V__Kingissepa_nim__kolhoos, lk 2
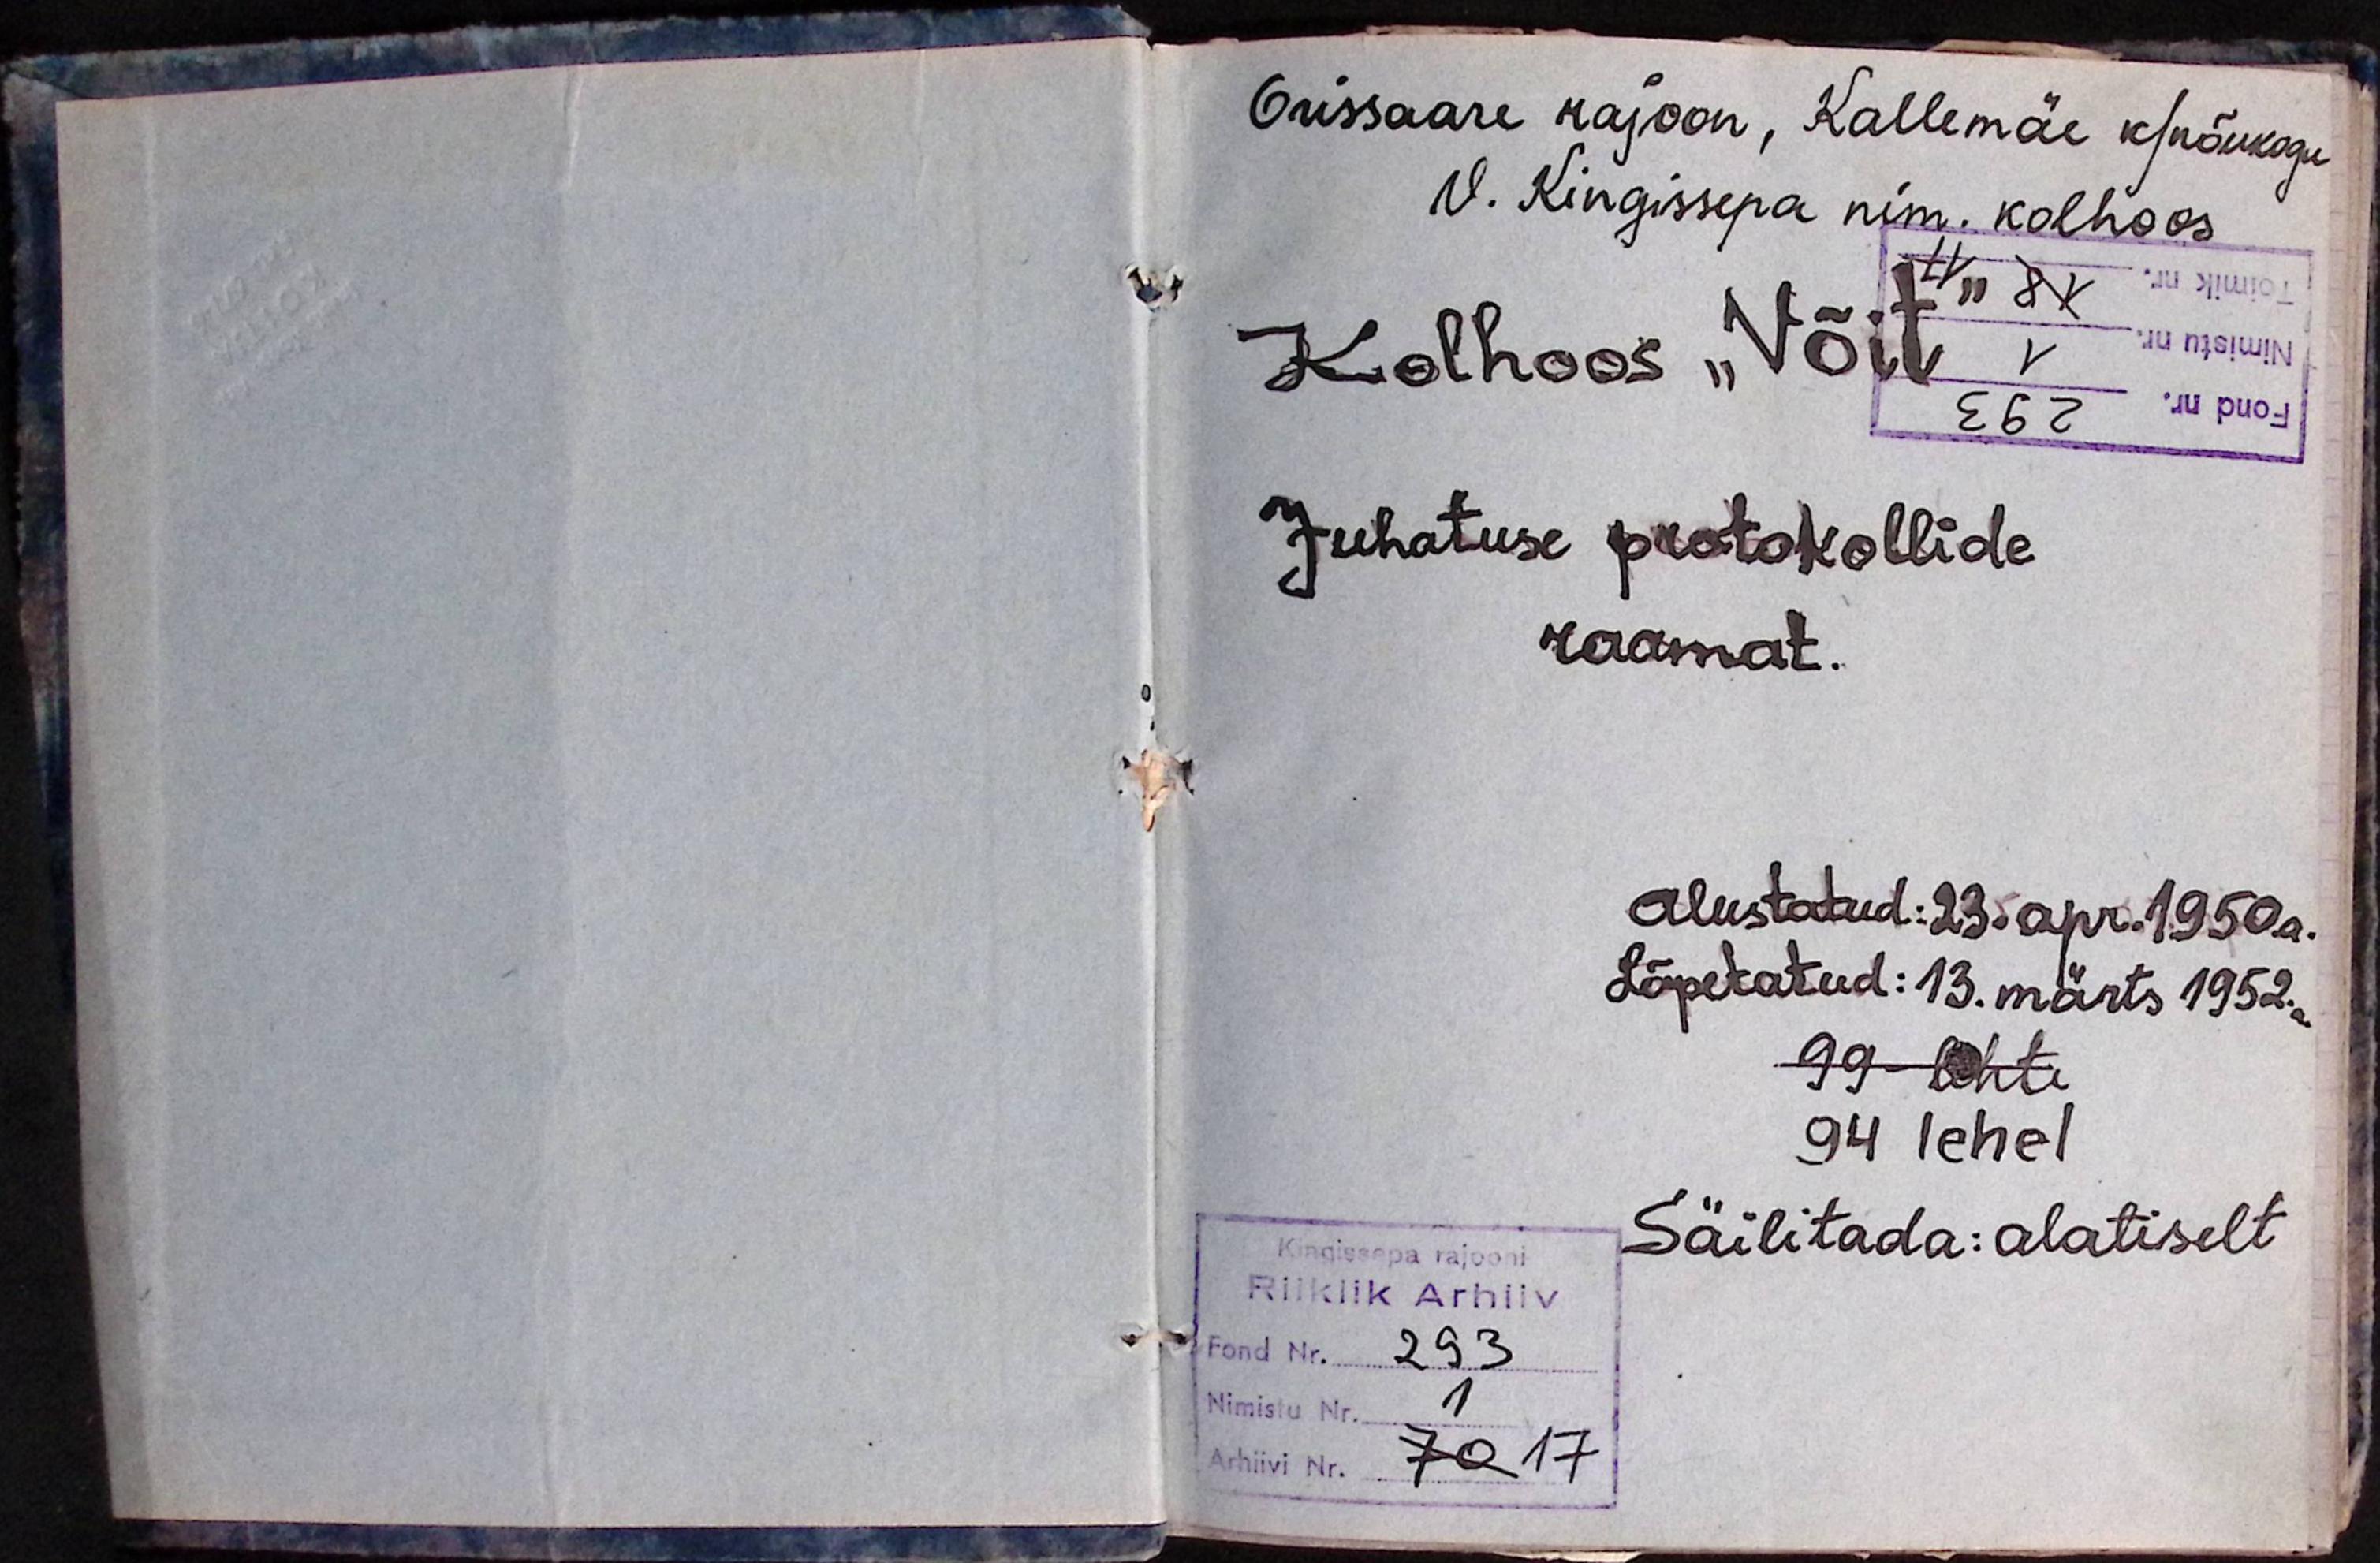
Orissaare rajoon, Kallemäe k/nõukogu
V. Kingissepa nim. kolhoos
Kolhoos "Võit
Juhatuse protokollide
raamat.
alustatud: 23. apr. 1950a.
Lõpetatud: 13. märts 1952.a.
99-lehte
94 lehel
Säilitada: alatiselt
Kingissepa rajooni
Riiklik Arhiiv
Fond Nr.
293
Nimistu Nr.
1
Arhiivi Nr.
70 17